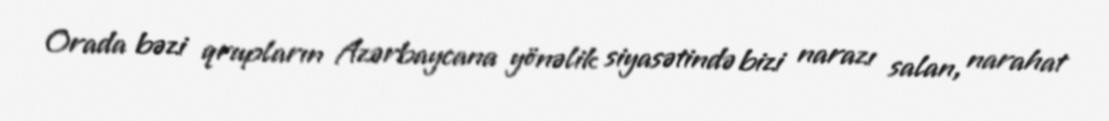
Orada bəzi qrupların Azərbaycana yönəlik siyasətində bizi narazı salan, narahat